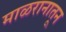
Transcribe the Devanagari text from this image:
माळरानातून